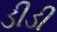
ડીડી